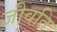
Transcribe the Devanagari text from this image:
जीवति